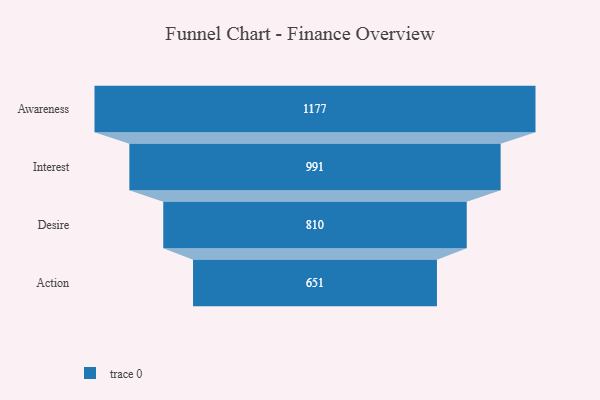
{"axis": {"x": "Stage", "y": "Value"}, "legend": [""], "data": [{"x": "Awareness", "y": 1177.0, "type": ""}, {"x": "Interest", "y": 991.0, "type": ""}, {"x": "Desire", "y": 810.0, "type": ""}, {"x": "Action", "y": 651.0, "type": ""}]}